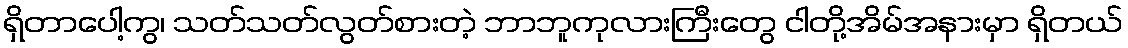
ရှိတာပေါ့ကွ၊ သတ်သတ်လွတ်စားတဲ့ ဘာဘူကုလားကြီးတွေ ငါတို့အိမ်အနားမှာ ရှိတယ်